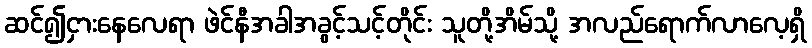
ဆင်၍ငှားနေလေရာ ဖဲင်နီအခါအခွင့်သင့်တိုင်း သူတို့အိမ်သို့ အလည်ရောက်လာလေ့ရှိ